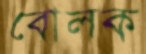
বোলক